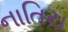
નાતિય